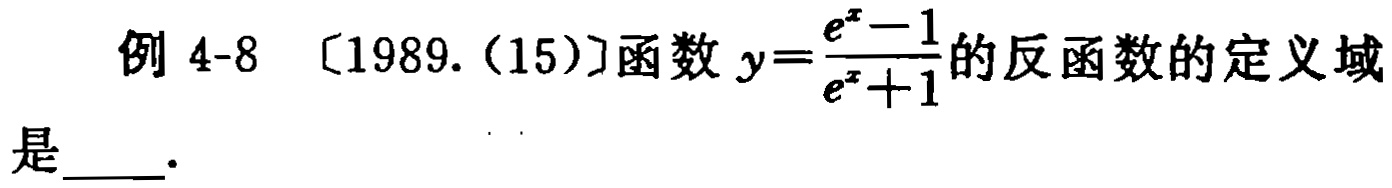
例 4-8 [1989.(15)]函数 \(y = \frac{e^{x}-1}{e^{x}+1}\)的反函数的定义域是  ．